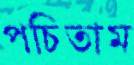
পচিতাম